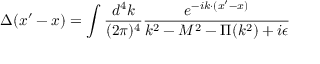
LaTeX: \Delta ( x ^ { \prime } - x ) = \int \frac { d ^ { 4 } k } { ( 2 \pi ) ^ { 4 } } \frac { e ^ { - i k \cdot ( x ^ { \prime } - x ) } } { k ^ { 2 } - M ^ { 2 } - \Pi ( k ^ { 2 } ) + i \epsilon }